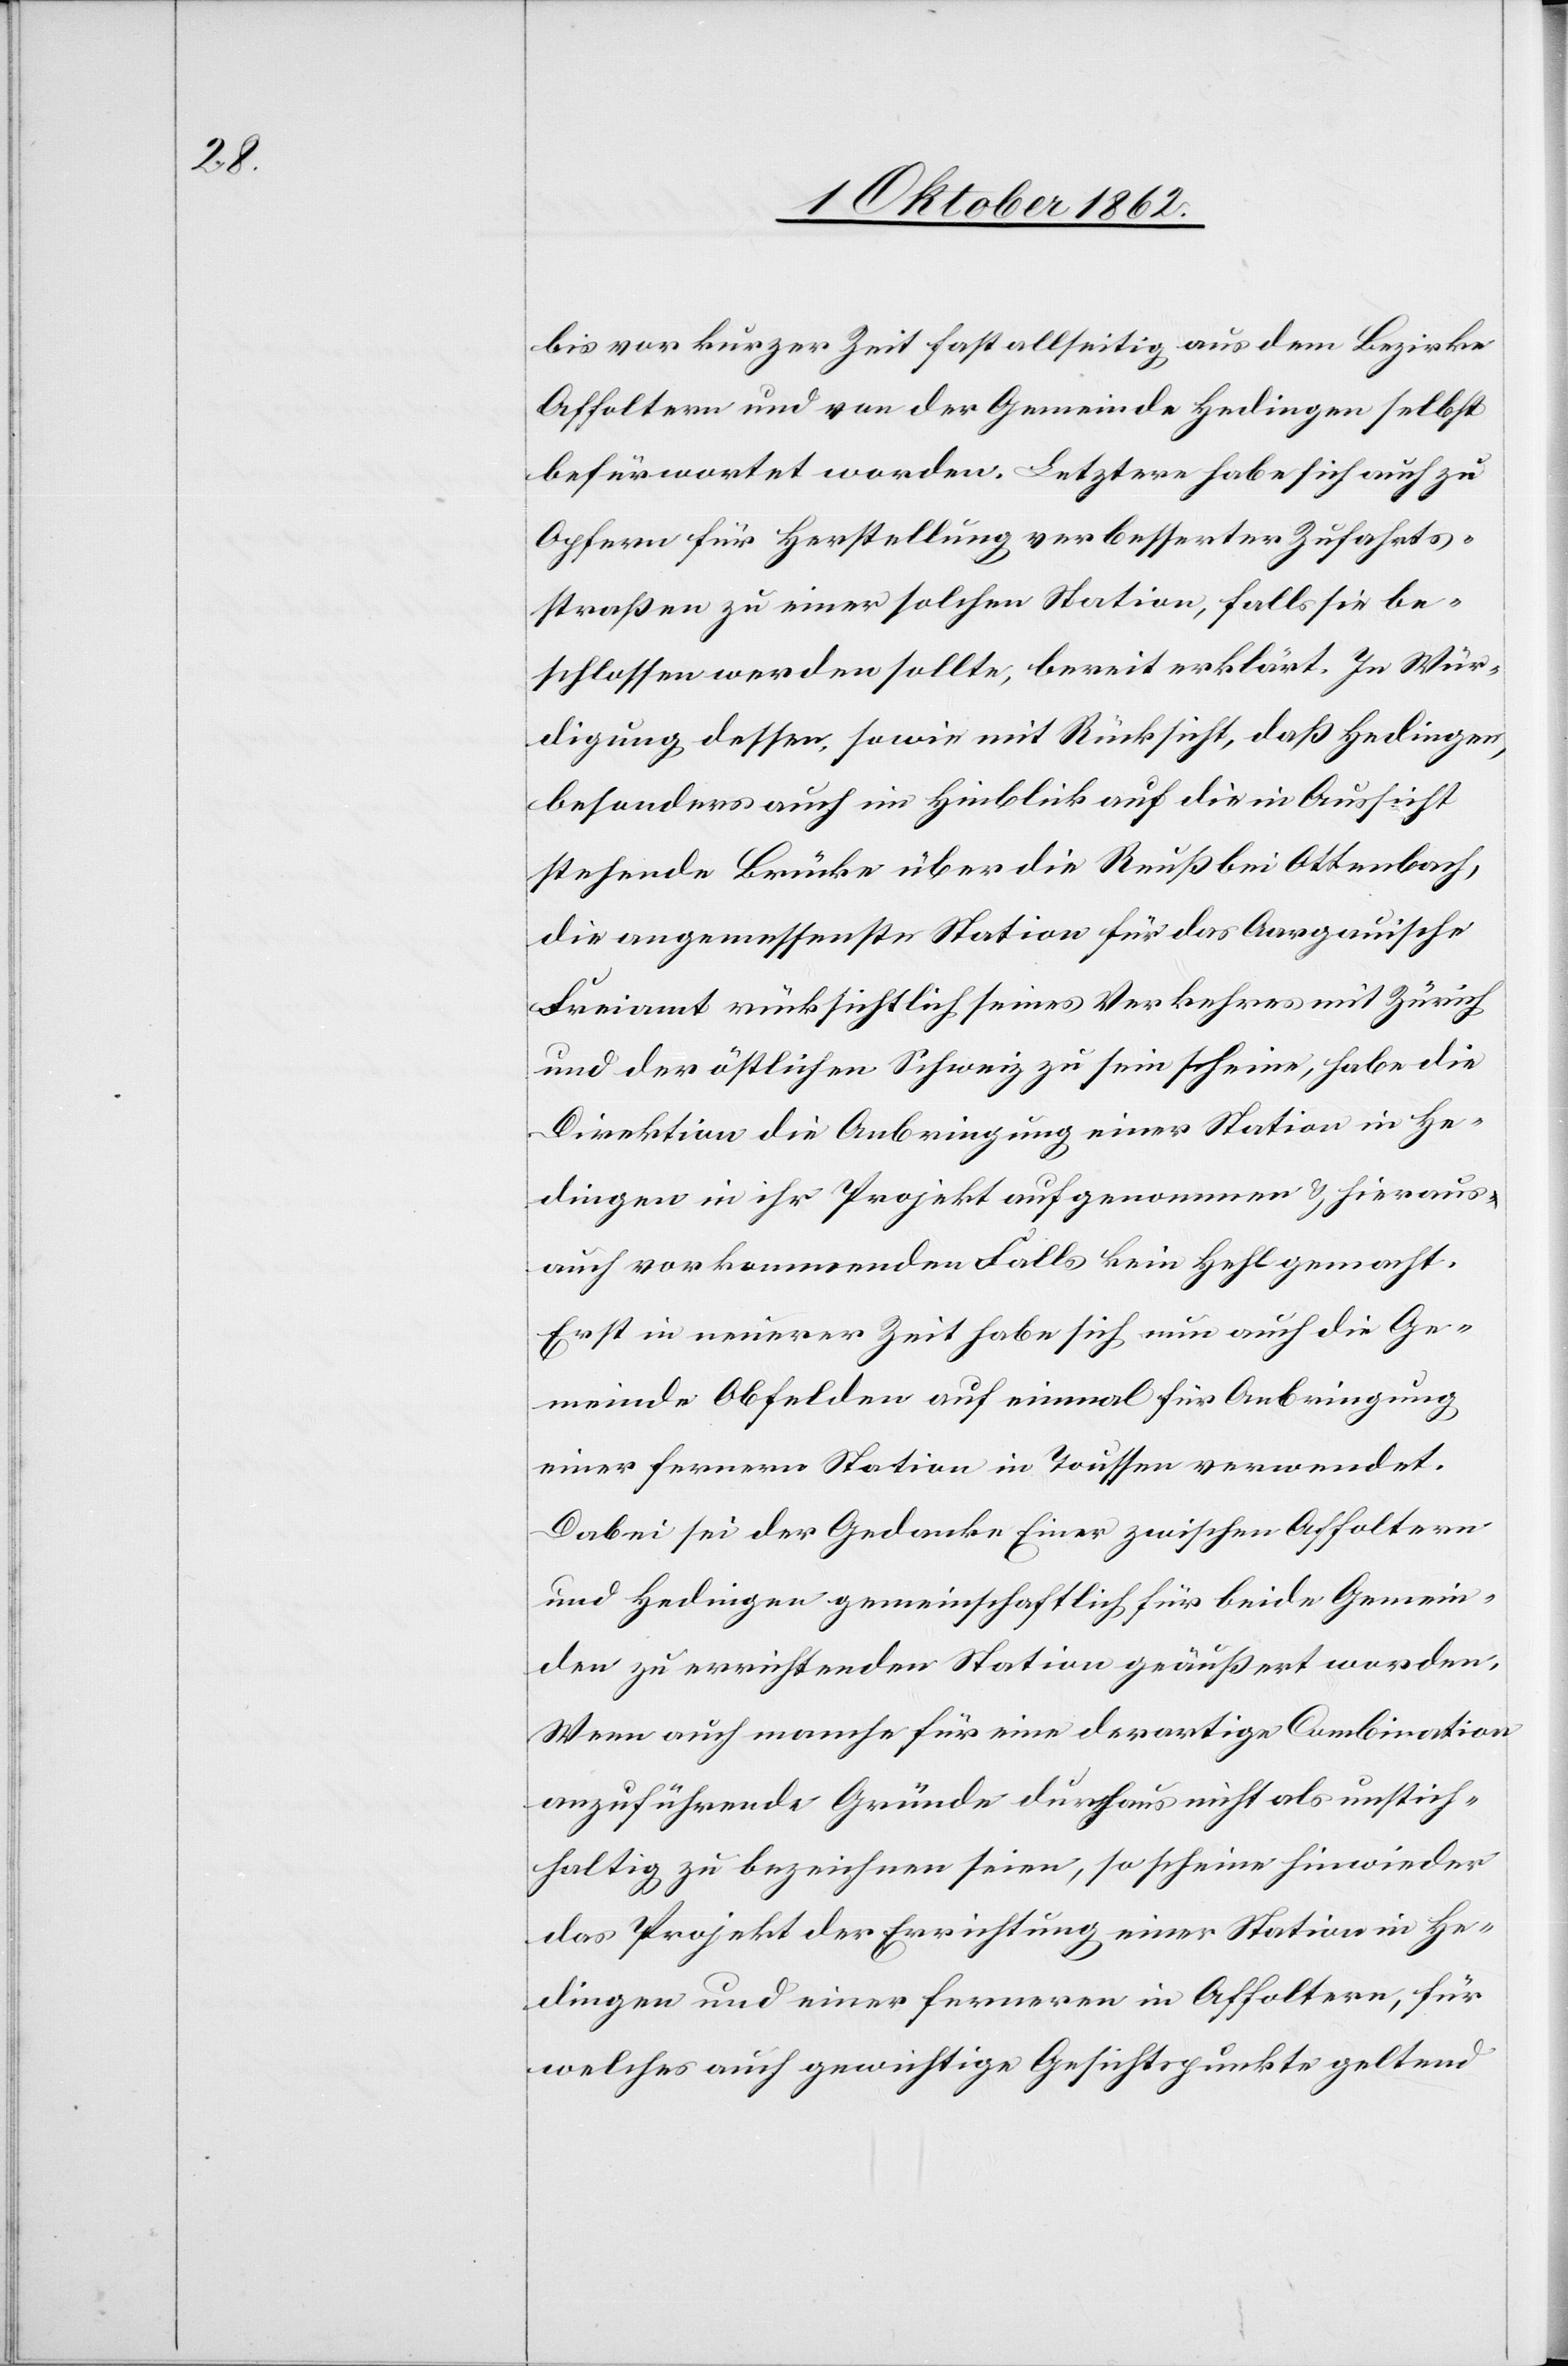
bis vor kurzer Zeit fast allseitig aus dem Bezirke
Affoltern und von der Gemeinde Hedingen selbst
befürwortet worden. Letztere habe sich auch zu
Opfern für Herstellung verbesserter Zufahrts¬
straßen zu einer solchen Station, falls sie be¬
schlossen werden sollte, bereit erklärt. In Wür¬
digung dessen, sowie mit Rücksicht, daß Hedingen,
besonders auch in Hinblick auf die in Aussicht
stehende Brücke über die Reuß bei Ottenbach,
die angemessenste Station für das Aargauische
Freiamt rücksichtlich seines Verkehres mit Zürich
und der östlichen Schweiz zu sein scheine, habe die
Direktion die Anbringung einer Station in He¬
dingen in ihr Projekt aufgenommen u. hieraus
auch vorkommenden Falls kein Hehl gemacht.
Erst in neuerer Zeit habe sich nun auch die Ge¬
meinde Obfelden auf einmal für Anbringung
einer fernern Station in Toussen verwendet.
Dabei sei der Gedanke Einer zwischen Affoltern
und Hedingen gemeinschaftlich für beide Gemein¬
den zu errichtenden Station geäußert worden.
Wenn auch manche für eine derartige Combination
anzuführende Gründe durchaus nicht als unstich¬
haltig zu bezeichnen seien, so scheine hinwieder
das Projekt der Errichtung einer Station in He¬
dingen und einer ferneren in Affoltern, für
welches auch gewichtige Gesichtspunkte geltend